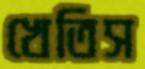
খেতিস